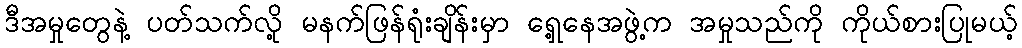
ဒီအမှုတွေနဲ့ ပတ်သက်လို့ မနက်ဖြန်ရုံးချိန်းမှာ ရှေ့နေအဖွဲ့က အမှုသည်ကို ကိုယ်စားပြုမယ့်